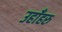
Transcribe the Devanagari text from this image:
उहाँहरु